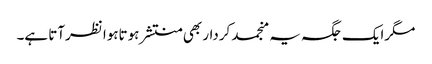
مگرایک جگہ یہ منجمد کردار بھی منتشر ہوتاہوا نظرآتا ہے۔